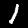
Digit: 1